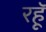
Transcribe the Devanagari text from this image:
रहॅू